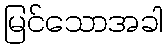
မြင်သောအခါ